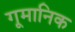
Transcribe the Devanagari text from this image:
गूमानिक